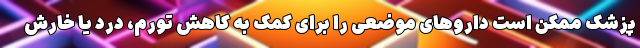
پزشک ممکن است داروهای موضعی را برای کمک به کاهش تورم، درد یا خارش